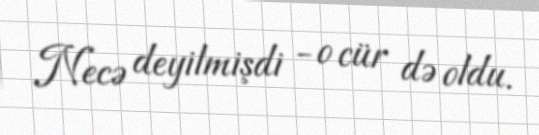
Necə deyilmişdi - o cür də oldu.